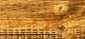
يلزمنا